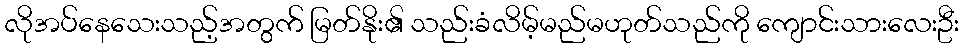
လိုအပ်နေသေးသည့်အတွက် မြတ်နိုး၏ သည်းခံလိမ့်မည်မဟုတ်သည်ကို ကျောင်းသားလေးဦး